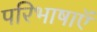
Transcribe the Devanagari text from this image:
परिभाषाऍं